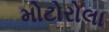
મોટોરોલા